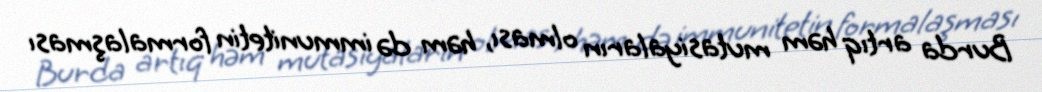
Burda artıq həm mutasiyaların olması, həm də immunitetin formalaşması